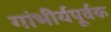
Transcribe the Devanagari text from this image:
गांभीर्यपूर्वक